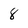
Character: 8